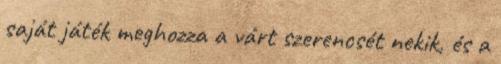
saját játék meghozza a várt szerencsét nekik, és a